Report on horse surra - Volume II, Part I
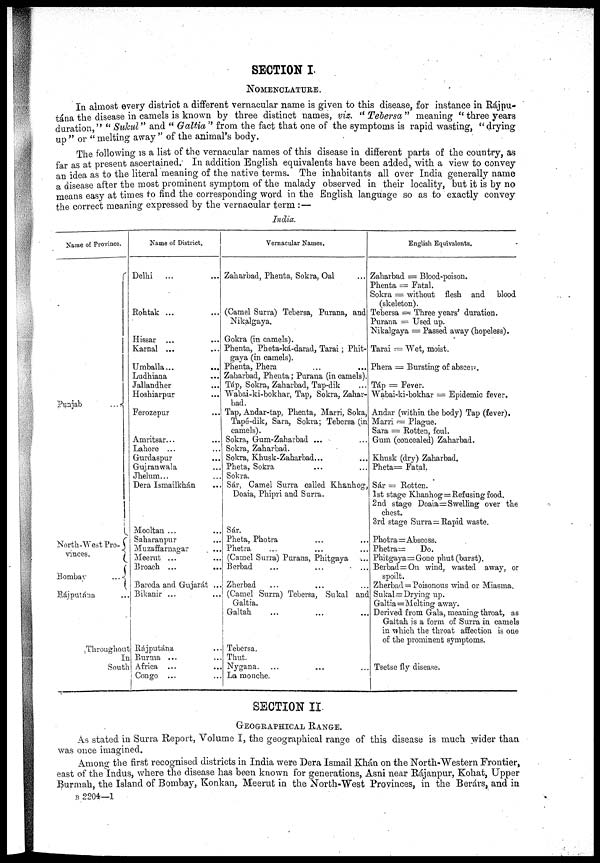
SECTION I.
NOMENCLATURE.
In almost every district a different vernacular name is given to this disease, for instance in Rájpu-
tána the disease in camels is known by three distinct names, viz. "Tebersa" meaning "three years
duration," "Sukul" and "Galtia" from the fact that one of the symptoms is rapid wasting, "drying
up" or "melting away" of the animal's body.
The following is a list of the vernacular names of this disease in different parts of the country, as
far as at present ascertained.' In addition English equivalents have been added, with a view to convey
an idea as to the literal meaning of the native terms. The inhabitants all over India generally name
a disease after the most prominent symptom of the malady observed in their locality, but it is by no
means easy at times to find the corresponding word in the English language so as to exactly convey
the correct meaning expressed by the vernacular term :—
India.
Name of Province.
Punjab
... {
North-West Pro¬{
vinces.
Bombay
...{
Rájputána
Throughout
In
South
Name of District.
Delhi
...
Rohtak ...
...
Hissar
Karnal ...
Umballa...
...
Ludhiana
Jallandher
Hoshiarpur
Ferozepur
Amritsar...
Lahore ...
Gurdaspur
Gujranwala
Jhelum...
Dera Ismailkhán
Mooltan ...
Saharanpur
Muzaffarnagar
Meerut ...
Broach ...
Baroda and Gujarát ...
Bikanir ...
Rajputan.a
Burma ...
Africa ...
Congo ...
Vernacular Names.
Zaharbad, Phenta, Sokra, Oal
(Camel Surra) Tebersa, Parana, and
Nikalgaya.
Gokra (in camels).
Phenta, Pheta-ká-darad, Tarai; Phit-
gaya (in camels).
Phenta, Phera
Zaharbad, Phenta; Purana (in camels).
Táp, Sokra, Zaharbad, Tap-dik
Wabai-ki-bokhar, Tap, Sokra, Zahar-
bad.
Tap, Andar-tap, Phenta, Marri, Soka,
Tape-dik, Sara, Sokra; Tebersa (in
camels).
Sokra, Gum-Zaharbad ...
Sokra, Zaharbad.
Sokra, Khusk-Zaharbad...
Pheta, Sokra
Sokra.
Sár, Camel Surra called Khanhog,
Doaia, Phipri and Surra.
Sár.
Pheta, Photra
Phetra
(Camel Surra) Purana, Phitgaya
Berbad
...
...
Zherbad
(Camel Surra) Tebersa, Sukal and
Galtia.
Galtah
Tebersa.
Thut.
Nygana.
La mouche.
English Equivalents.
Zaharbad = Blood-poison.
Phenta = Fatal.
Sokra = without flesh and blood
(skeleton).
Tebersa = Three years' duration.
Purana — Used up.
Nikalgaya = Passed away (hopeless).
Tarai — Wet, moist.
Phera = Bursting of abscent.
Táp = Fever.
Wabai-ki-bokhar = Epidemic fever.
Andar (within the body) Tap (fever).
Marri = Plague.
Sara = Rotten, foul.
Gum (concealed) Zaharbad.
Khusk (dry) Zaharbad.
Pheta= Fatal.
Sár = Rotten.
1st stage Khanhog=Refusing food.
2nd stage Doaia=Swelling over the
chest.
3rd stage Surra = Rapid waste.
Photra=Abscess.
Phetra =
Do.
Phitgaya=Gone phut (burst).
Berbad=On wind, wasted away, or
spoilt.
Zherbad = Poisonous wind or Miasma.
Sukal—Drying up.
Galtia=Melting away.
Derived from Gala, meaning throat, as
Gait ah is a form of Surra in camels
in -which the throat affection is one
of the prominent symptoms.
Tsetse fly disease.
SECTION II.
GEOGRAPHICAL RANGE.
As stated in Surra Report, Volume I, the geographical range of this disease is much wider than
was once imagined.
Among the first recognised districts in India were Dera Ismail Khán on the North-Western Frontier,
east of the Indus, where the disease has been known for generations, Asni near Rájanpur, Kohat, Upper
Burmah, the Island of Bombay, Konkan, Meerut in the North-West Provinces, in the Berárs, and in
B 2204—1